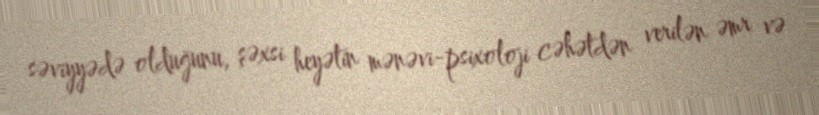
səviyyədə olduğunu, şəxsi heyətin mənəvi-psixoloji cəhətdən verilən əmr və